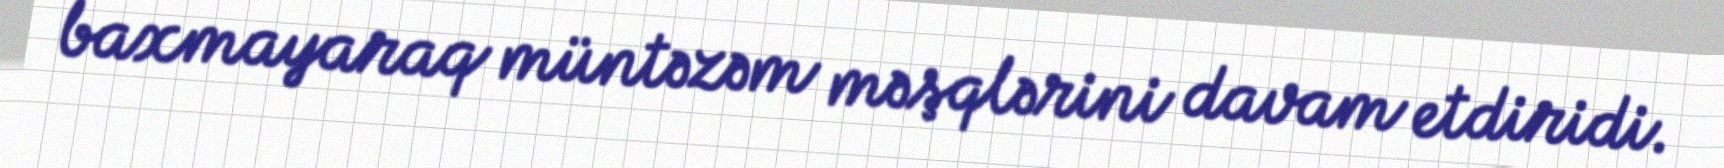
baxmayaraq müntəzəm məşqlərini davam etdiridi.